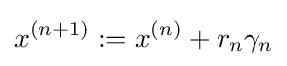
x^{(n+1)}:=x^{(n)}+r_{n}\gamma _{n}